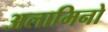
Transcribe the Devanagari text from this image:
अलामिनो